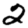
Digit: 2